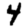
Digit: 4